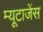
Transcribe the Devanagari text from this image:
म्यूटाजेंस